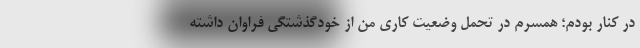
در کنار بودم؛ همسرم در تحمل وضعیت کاری من از خودگذشتگی فراوان داشته